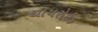
થાયરોઈડ